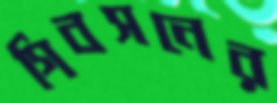
গিবসনের